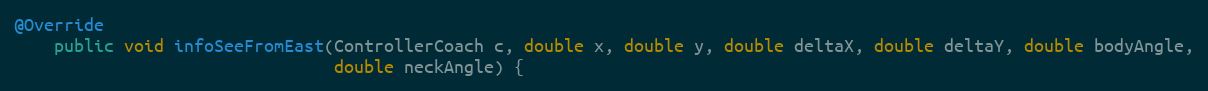
Language: Java
@Override
    public void infoSeeFromEast(ControllerCoach c, double x, double y, double deltaX, double deltaY, double bodyAngle,
                                double neckAngle) {